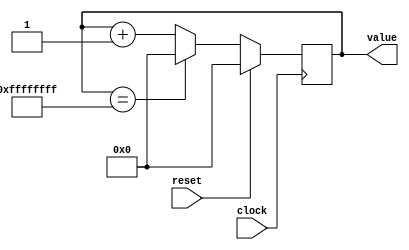
module free_running_counter(clock, reset, value);

	input clock, reset;
	output reg [31:0] value;
	
	always @(posedge clock)
		if (reset)
			value = 32'b0;
		else
			if (value == 'hFFFFFFFF)
				value = 32'b0;
			else 
				value = value + 1'b1;

endmodule